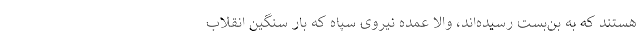
هستند که به بن‌بست رسیده‌اند، والا عمده نیروی سپاه که بار سنگین انقلاب